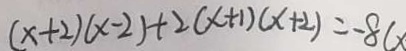
( x + 2 ) ( x - 2 ) + 2 ( x + 1 ) ( x + 2 ) = - 8 ( x